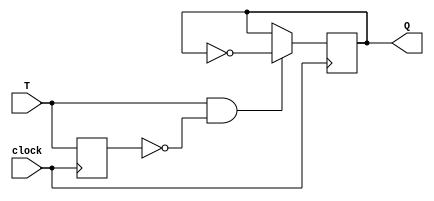
module T_latch(
    input T, // T signal input
    input clock, // Clock signal input
    output reg Q // Output of the T latch
);

reg T_last;

always @(posedge clock) begin
    if(T == 1'b1 && T_last == 1'b0) begin
        Q <= ~Q;
    end
    T_last <= T;
end

endmodule